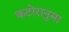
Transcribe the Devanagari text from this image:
कटोरानुमा